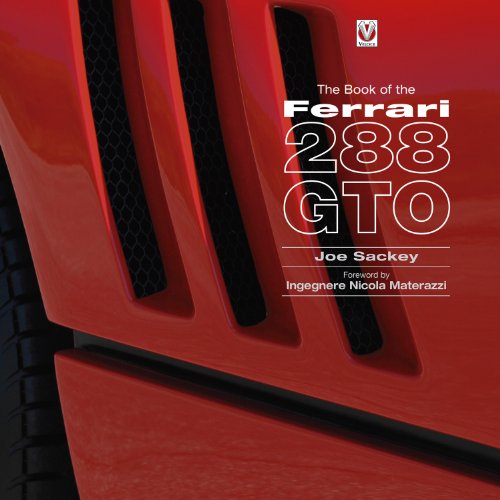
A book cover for The Book of the Ferrari 288 GTO; Joe Sackey; Business & Money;